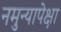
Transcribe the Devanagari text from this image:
नमुन्यापेक्षा